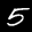
Label: 5